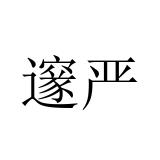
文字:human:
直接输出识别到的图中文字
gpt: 邃严